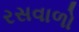
રસવાળો